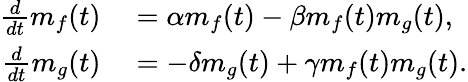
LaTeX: \begin{array}{rl}{\frac{d}{dt}m_{f}(t)}&{{}=\alpha m_{f}(t)-\beta m_{f}(t)m_{g}(t),}\\ {\frac{d}{dt}m_{g}(t)}&{{}=-\delta m_{g}(t)+\gamma m_{f}(t)m_{g}(t).}\end{array}